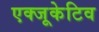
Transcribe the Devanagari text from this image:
एक्‍जूकेटिव